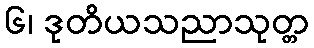
၆၊ ဒုတိယသညာသုတ္တ